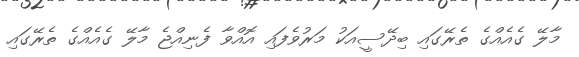
މާލޭ ގެއެއްގެ ތެރޭގައި ބިދޭސީއަކު މަރުވެފައި އޮއްވާ ފެނިއްޖެ މާލޭ ގެއެއްގެ ތެރޭގައި